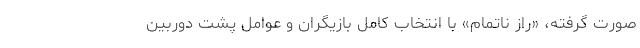
صورت گرفته، «راز ناتمام» با انتخاب کامل بازیگران و عوامل پشت دوربین